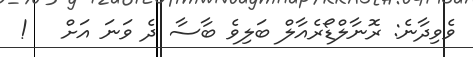
ވެވިދާނެ: ރޮނާލްޑޯރެއާލް ބަލިވެ ބާސާ ދެ ވަނަ އަށް   !